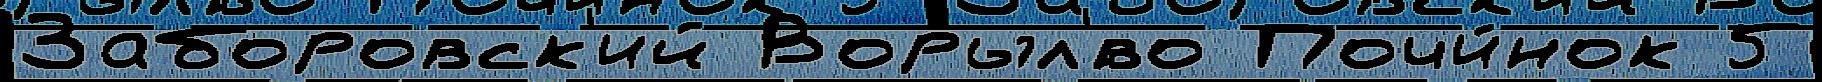
Заборовск'ий Ворыл'́во Почи́нок 5